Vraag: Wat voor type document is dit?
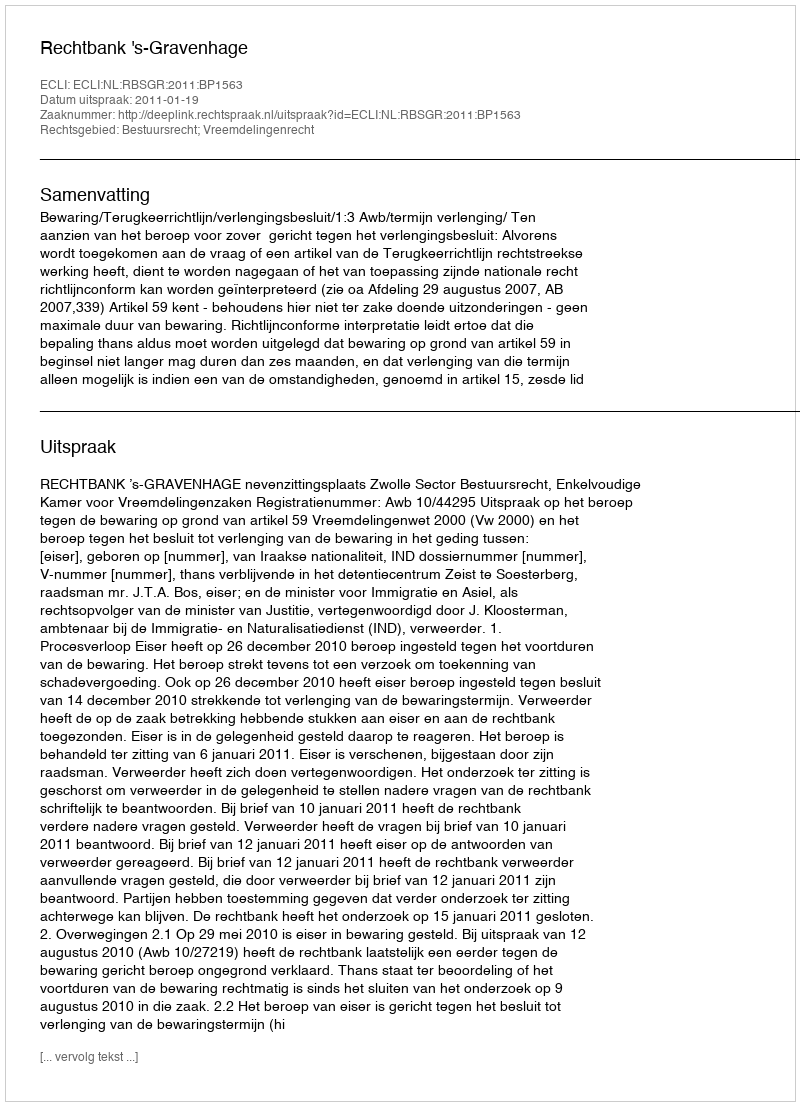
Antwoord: Uitspraak